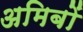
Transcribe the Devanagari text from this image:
अमिबों